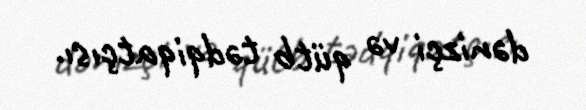
dənizçi və qütb tədqiqatçısı.